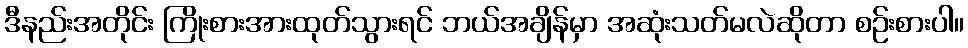
ဒီနည်းအတိုင်း ကြိုးစားအားထုတ်သွားရင် ဘယ်အချိန်မှာ အဆုံးသတ်မလဲဆိုတာ စဉ်းစားပါ။